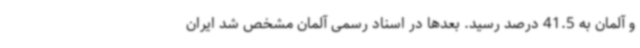
و آلمان به 41.5 درصد رسید. بعدها در اسناد رسمی آلمان مشخص شد ایران